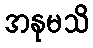
အနုမသိ